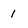
Character: 1